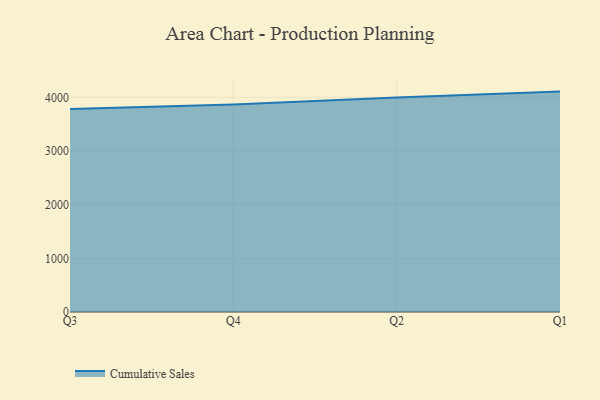
{"axis": {"x": "Quarter", "y": "Backlog"}, "legend": ["Cumulative Sales"], "data": [{"x": "Q3", "y": 3782.4, "type": "Cumulative Sales"}, {"x": "Q4", "y": 3866.2, "type": "Cumulative Sales"}, {"x": "Q2", "y": 3997.0, "type": "Cumulative Sales"}, {"x": "Q1", "y": 4106.1, "type": "Cumulative Sales"}]}